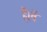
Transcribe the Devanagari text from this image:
हैं।वें